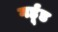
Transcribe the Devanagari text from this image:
गर्हूड